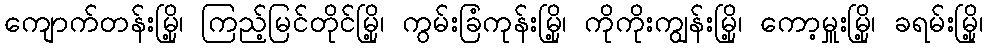
ကျောက်တန်းမြို့၊ ကြည့်မြင်တိုင်မြို့၊ ကွမ်းခြံကုန်းမြို့၊ ကိုကိုးကျွန်းမြို့၊ ကော့မှူးမြို့၊ ခရမ်းမြို့၊